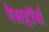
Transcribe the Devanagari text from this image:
रेसहॉर्स